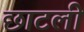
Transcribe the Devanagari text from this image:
छाटलीं